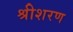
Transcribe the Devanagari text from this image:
श्रीशरण